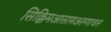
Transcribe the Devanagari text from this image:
सिक्किमआसामअरुणाचल